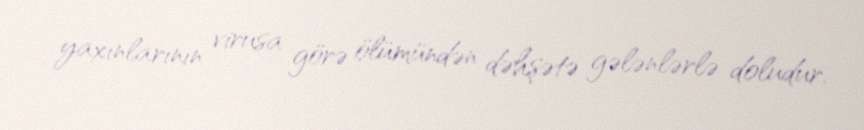
yaxınlarının virusa görə ölümündən dəhşətə gələnlərlə doludur.